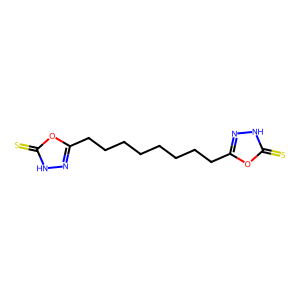
SMILES: S=c1[nH]nc(CCCCCCCCc2n[nH]c(=S)o2)o1
Inhibits HIV replication: No